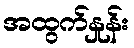
အထွက်နှုန်း